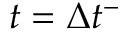
t = \Delta { t } ^ { - }